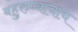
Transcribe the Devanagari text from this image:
बहुरुप्याचाच